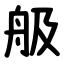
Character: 䑥